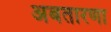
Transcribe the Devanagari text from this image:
अबतारणा